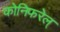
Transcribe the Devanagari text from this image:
कोनिफरेल्